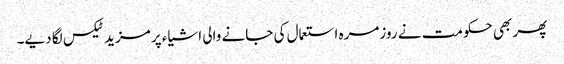
پھر بھی حکومت نے روزمرہ استعمال کی جانے والی اشیاء پر مزید ٹیکس لگا دیے۔